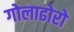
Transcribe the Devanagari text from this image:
गोलाढोरो